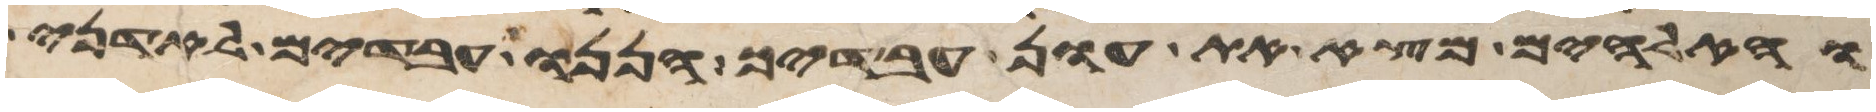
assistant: והאלהים מצא את עון עבדיך הננו עבדים לאדני